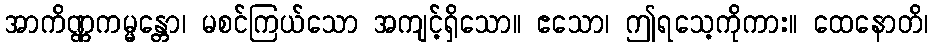
အာကိဏ္ဏကမ္မန္တော၊ မစင်ကြယ်သော အကျင့်ရှိသော။ ဧသော၊ ဤရသေ့ကိုကား။ ထေနောတိ၊